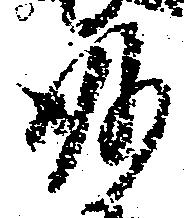
妙